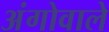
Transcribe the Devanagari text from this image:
अंगोवाले